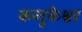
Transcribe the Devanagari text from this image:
कन्दुकेश्वर